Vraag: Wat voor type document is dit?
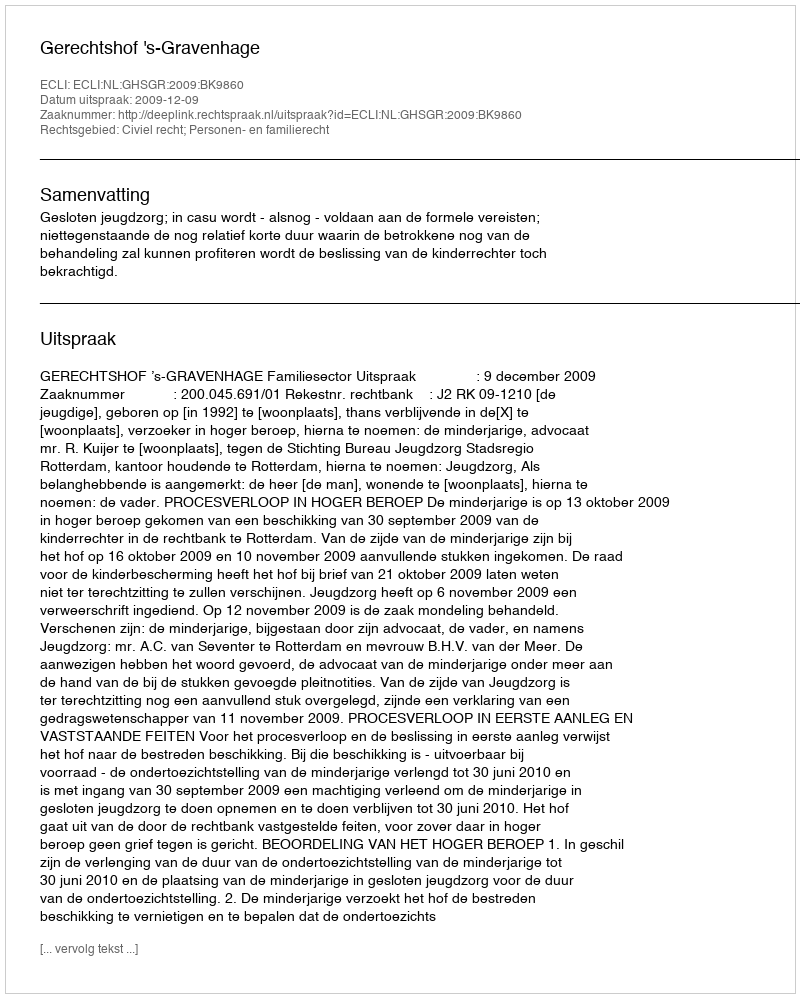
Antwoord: Uitspraak